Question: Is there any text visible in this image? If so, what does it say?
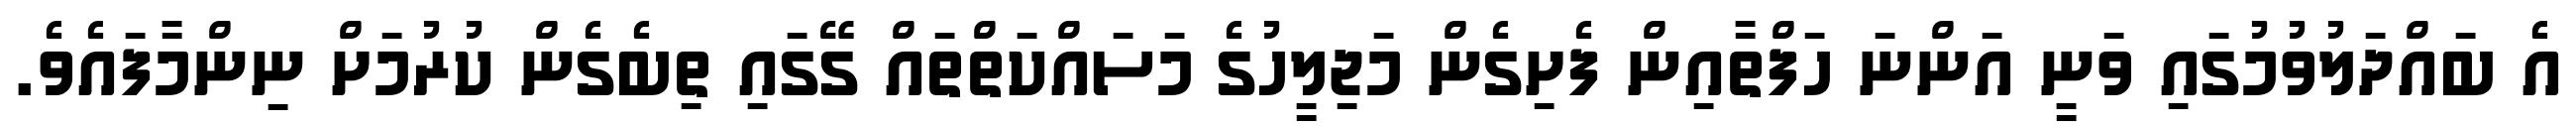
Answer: އެ ބައްދަލުވުމުގައި ވަނީ އަންނަ ހަފްތާއިން ފެށިގެން މަޖިލީހުގެ މަސައްކަތްތައް ގޭގައި ތިބެގެން ކުރުމަށް ނިންމާފައެވެ.